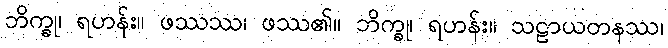
ဘိက္ခု၊ ရဟန်း။ ဖဿဿ၊ ဖဿ၏။ ဘိက္ခု၊ ရဟန်း။ သဠာယတနဿ၊